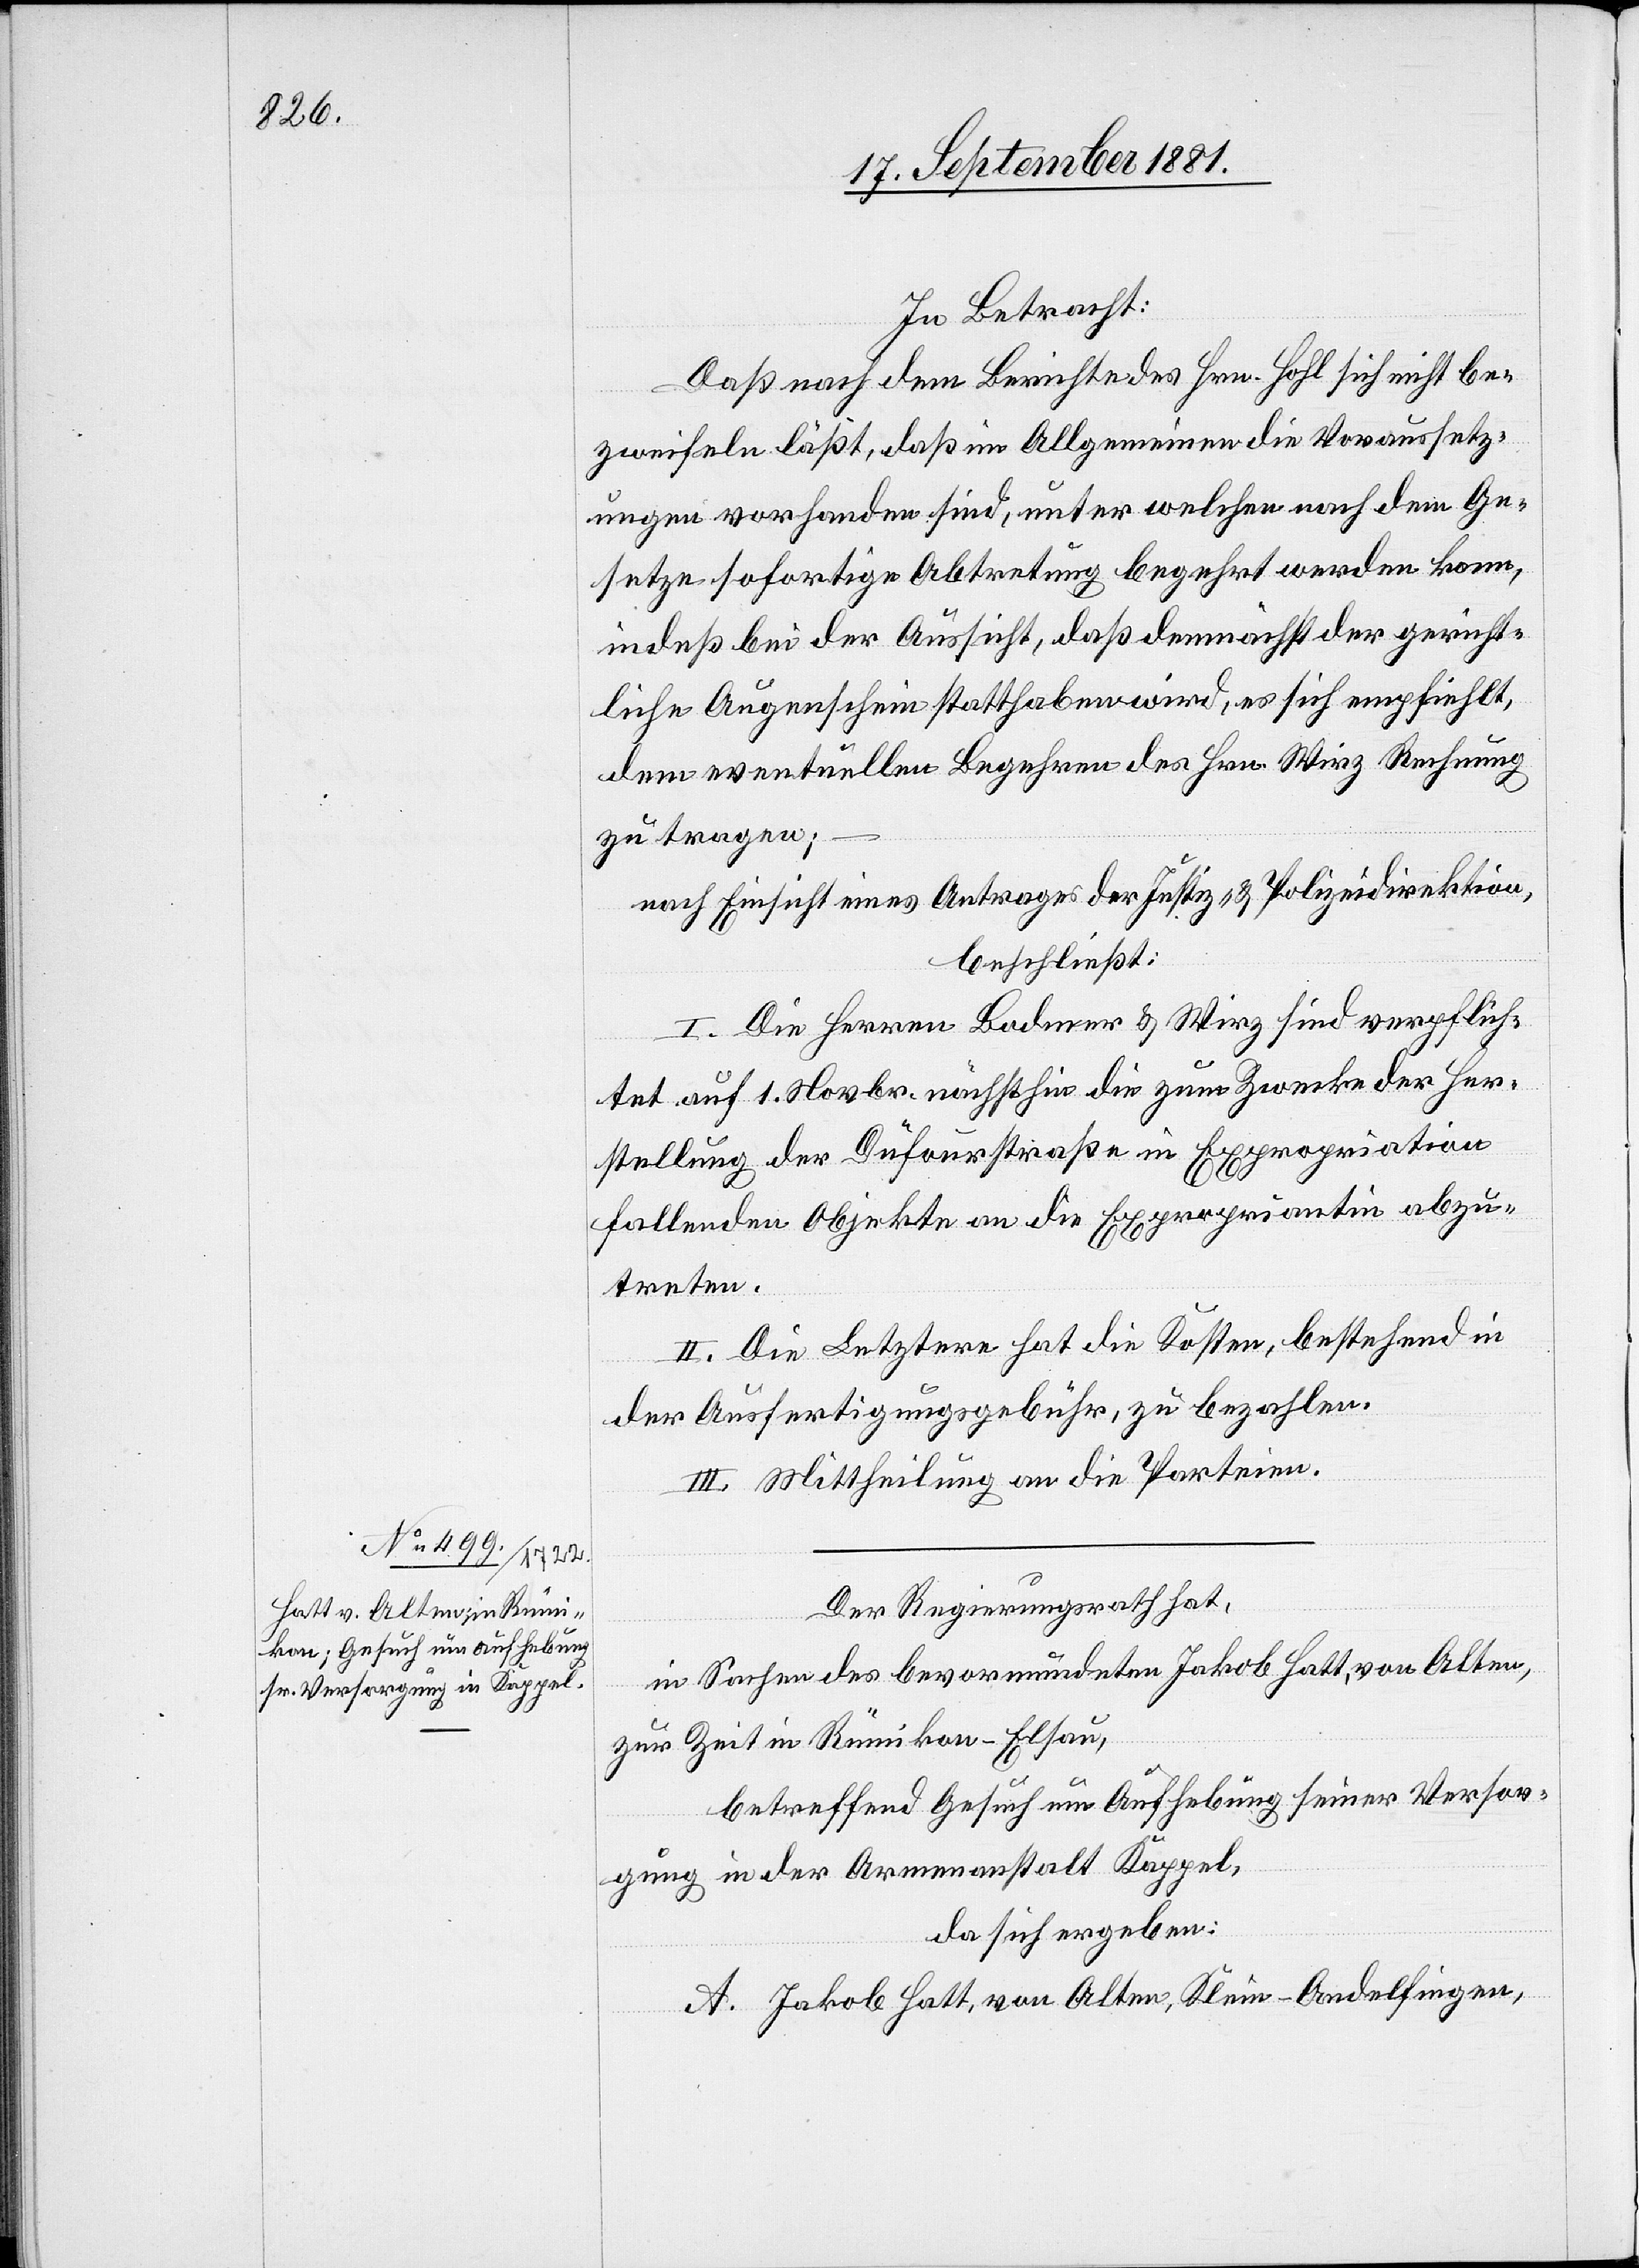
In Betracht:
Daß nach dem Berichte des Hrn. Hohl sich nicht be¬
zweifeln läßt, daß im Allgemeinen die Voraussetz¬
ungen vorhanden sind, unter welchen nach dem Ge¬
setze sofortige Abtretung begehrt werden kann,
indeß bei der Aussicht, daß demnächst der gericht¬
liche Augenschein statthaben wird, es sich empfiehlt,
dem eventuellen Begehren des Hrn. Wirz Rechnung
zu tragen;
nach Einsicht eines Antrages der Justiz- & Polizeidirektion,
beschließt:
I. Die Herren Bodmer & Wirz sind verpflich¬
tet auf 1. Novbr. nächsthin die zum Zwecke der Her¬
stellung der Düfourstraße in Expropriation
fallenden Objekte an die Expropriantin abzu¬
treten.
II. Die Letztere hat die Kosten, bestehend in
der Ausfertigungsgebühr, zu bezahlen.
III. Mittheilung an die Parteien.
Der Regierungsrath hat,
in Sachen des bevormundeten Jakob Hatt, von Alten,
zur Zeit in Rümikon - Elsau,
betreffend Gesuch um Aufhebung seiner Versor¬
gung in der Armenanstalt Kappel,
da sich ergeben:
A. Jakob Hatt, von Alten, Klein-Andelfingen